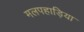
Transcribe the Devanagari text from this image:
मलपहाड़िया